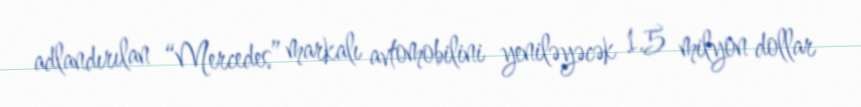
adlandırılan “Mercedes” markalı avtomobilini yeniləyəcək 1.5 milyon dollar